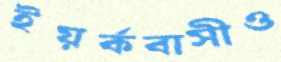
ইয়র্কবাসীও